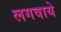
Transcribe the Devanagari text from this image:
लगवाये